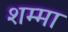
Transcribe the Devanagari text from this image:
शम्मा